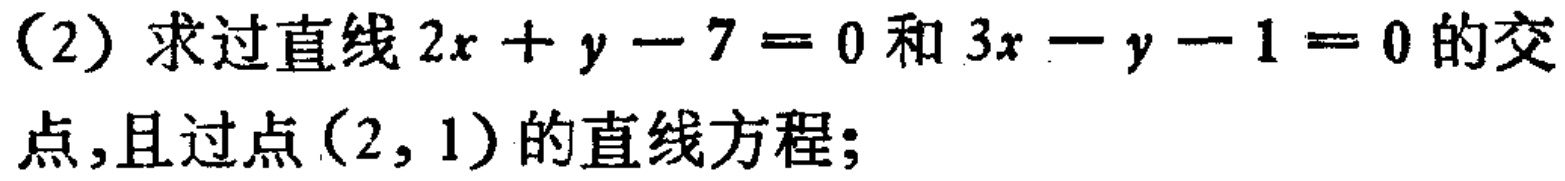
（2）求过直线\(2x + y - 7 = 0\)和\(3x - y - 1 = 0\)的交点，且过点\((2, 1)\)的直线方程；